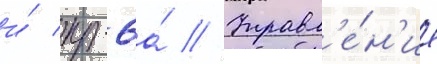
и́ кр-6а́ // Управл'е́н'ие